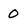
Character: 0